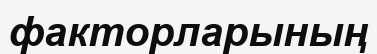
факторларының